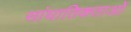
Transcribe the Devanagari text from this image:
सांघातिकताओं